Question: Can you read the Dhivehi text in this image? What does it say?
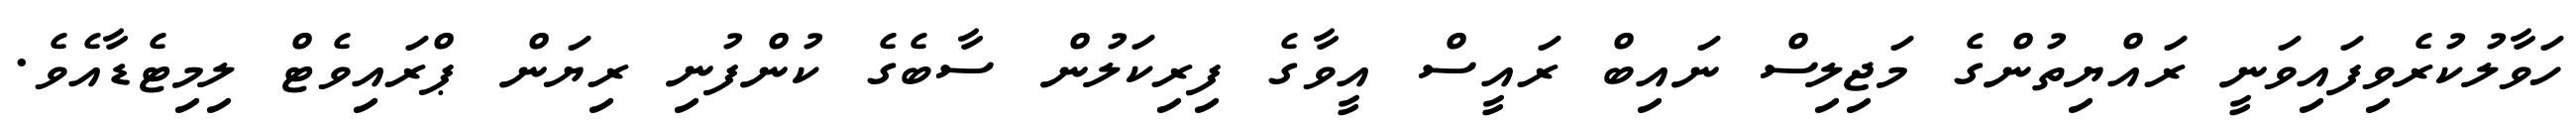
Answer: ހަވާލުކުރެވިފައިވަނީ ރައްޔިތުންގެ މަޖިލިސް ނައިބް ރައީސް އީވާގެ ފިރިކަލުން ސާބެގެ ކުންފުނި ރިޔަން ޕްރައިވެޓް ލިމިޓެޑާއެވެ.